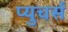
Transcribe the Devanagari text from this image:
प्युचर्स